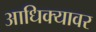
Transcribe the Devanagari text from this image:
आधिक्यावर